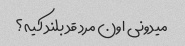
میدونی اون مرد قد بلند کیه؟